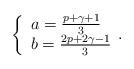
LaTeX: \begin{align*}\left\{ \begin{array}{l}a=\frac{p+\gamma+1}{3} \\b=\frac{2p+2\gamma-1}{3}\end{array}. \right.\end{align*}